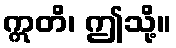
ဣတိ၊ ဤသို့။